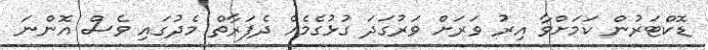
ޑޮކްޓަރުން ކަމަށްވާ އިރު ވަރަށް ވަރުގަދަ ގުޅުގެމެއް ދެފަރާތް މެދުގައި ވެސް އޮންނަ